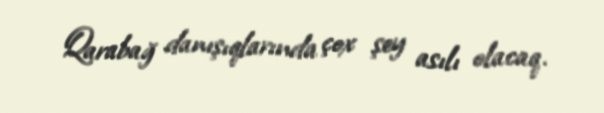
Qarabağ danışıqlarında çox şey asılı olacaq.